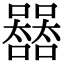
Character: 𡄛